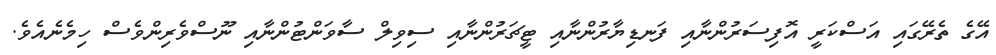
އޭގެ ތެރޭގައި އަސްކަރީ އޮފިސަރުންނާއި ފަނޑިޔާރުންނާއި ޓީޗަރުންނާއި ސިވިލް ސާވަންޓުންނާއި ނޫސްވެރިންވެސް ހިމެނެއެވެ.